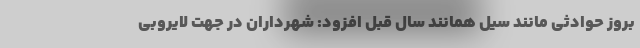
بروز حوادثی مانند سیل همانند سال قبل افزود: شهرداران در جهت لایروبی